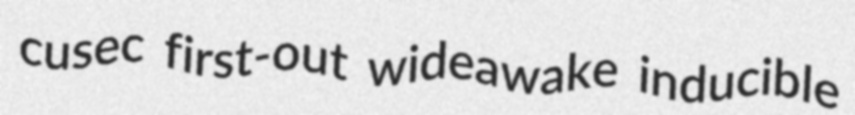
cusec first-out wideawake inducible